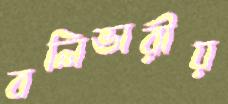
বলিভারীয়